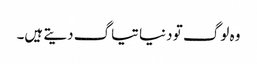
وہ لوگ تو دنیا تیاگ دیتے ہیں۔